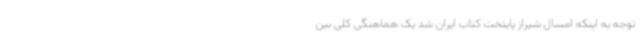
توجه به اینکه امسال شیراز پایتخت کتاب ایران شد یک هماهنگی کلی بین